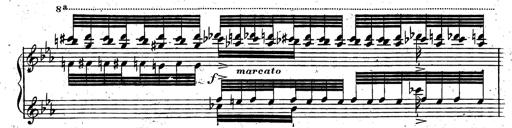
Title: Rondeau fantastique sur un thÃ¨me espagnol
Composer: Franz Liszt